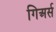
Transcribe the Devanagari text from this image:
गिअर्स